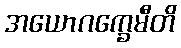
အယောဂက္ခေမီတိ